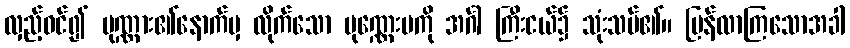
လှည့်ဝင်၍ ပုဏ္ဏား၏နောက်မှ လိုက်သော ပုဏ္ဏေးမကို အင်္ဂါ ကြီးငယ်၌ သုံးသပ်၏။ ပြန်လာကြသောအခါ